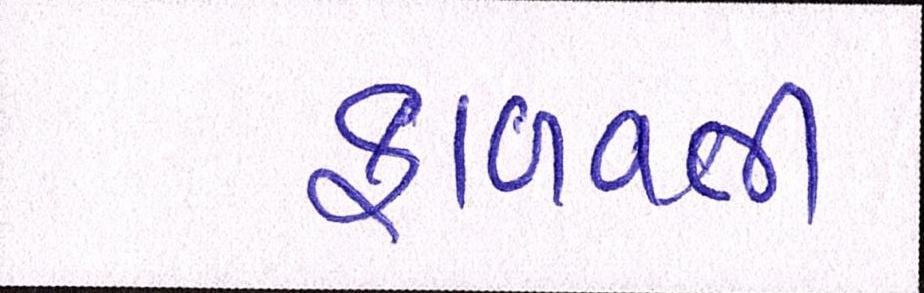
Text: ફાળવતી